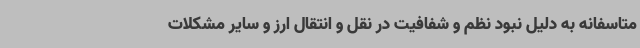
متاسفانه به دلیل نبود نظم و شفافیت در نقل و انتقال ارز و سایر مشکلات